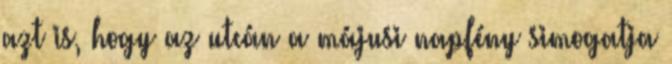
azt is, hogy az utcán a májusi napfény simogatja